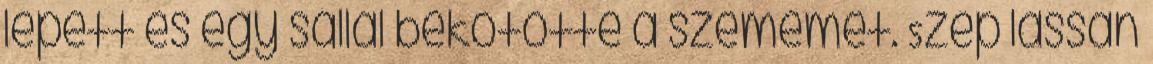
lépett és egy sállal bekötötte a szememet. Szép lassan